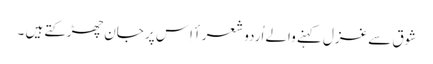
شوق سے غزل کہنے والے اُردو شعرأ اِس پر جان چھڑکتے ہیں ۔